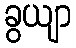
ခွယျာ